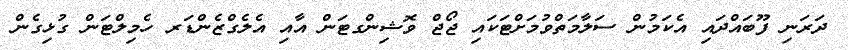
ދަރަނި ފޫބައްދައި އެކަމުން ސަލާމަތްވުމަށްޓަކައި ޖޯޖް ވޮޝިންގޓަން އާއި އެލެގްޒެންޑަރ ހެމިލްޓަން ގުޅިގެން